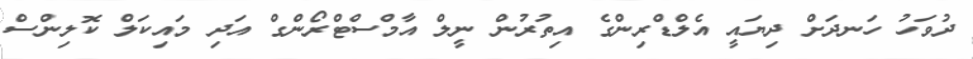
ދުވަހު ހަނދަށް ދިޔައީ އެލްޑްރިންގެ އިތުރުން ނީލް އާމްސްޓްރޯންގް އަދި މައިކަލް ކޮލިންސް